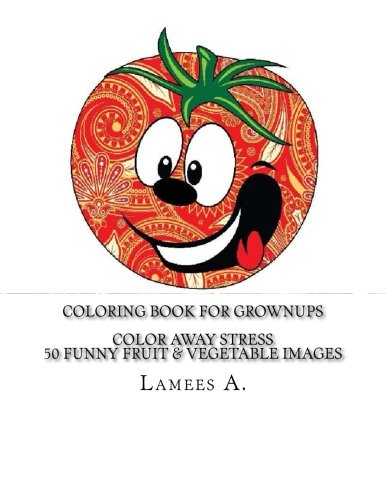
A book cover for Coloring Book For Grownups: Color Away Stress  50 Funny Fruit & Vegetable Images (Coloring For Grownups); Lamees A.; Business & Money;